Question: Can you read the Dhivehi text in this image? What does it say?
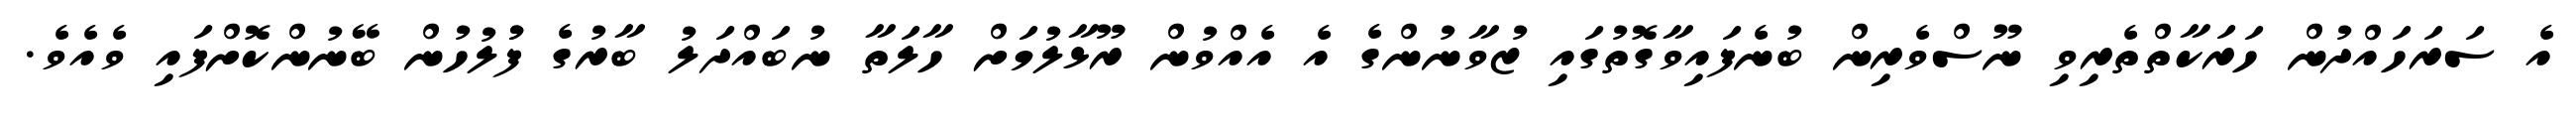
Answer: އެ ސަރަހައްދުން ހަރަކާތްތެރިވި ނޫސްވެރިން ބުނެފައިވާގޮތުގައި ޒުވާނުންގެ އެ އެއްވުން ރޫޅާލުމަށް ހާލަތާ ނުބައްދަލު ބާރުގެ ފުުލުހުން ބޭނުންކޮށްފައި ވެއެވެ.